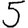
Digit: 5